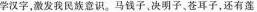
学汉字，激发我民族意识。马钱子，决明子。苍耳子，还有莲